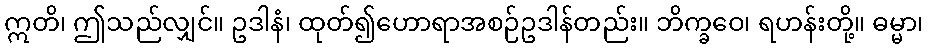
ဣတိ၊ ဤသည်လျှင်။ ဥဒါနံ၊ ထုတ်၍ဟောရာအစဉ်ဥဒါန်တည်း။ ဘိက္ခဝေ၊ ရဟန်းတို့။ ဓမ္မာ၊